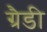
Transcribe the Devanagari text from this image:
ग्रैडी